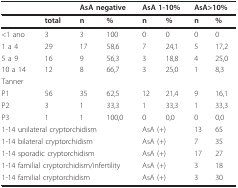
<table><thead><tr><td></td><td></td><td colspan="2"><b>AsA negative</b></td><td colspan="2"><b>AsA 1-10%</b></td><td colspan="2"><b>AsA&gt;10%</b></td></tr></thead><tbody><tr><td></td><td><b>total</b></td><td><b>n</b></td><td><b>%</b></td><td><b>n</b></td><td><b>%</b></td><td><b>n</b></td><td><b>%</b></td></tr><tr><td>&lt;1 ano</td><td>3</td><td>3</td><td>100</td><td>0</td><td>0</td><td>0</td><td>0</td></tr><tr><td>1 a 4</td><td>29</td><td>17</td><td>58,6</td><td>7</td><td>24,1</td><td>5</td><td>17,2</td></tr><tr><td>5 a 9</td><td>16</td><td>9</td><td>56,3</td><td>3</td><td>18,8</td><td>4</td><td>25,0</td></tr><tr><td>10 a 14</td><td>12</td><td>8</td><td>66,7</td><td>3</td><td>25,0</td><td>1</td><td>8,3</td></tr><tr><td>Tanner</td><td></td><td></td><td></td><td></td><td></td><td></td><td></td></tr><tr><td>P1</td><td>56</td><td>35</td><td>62,5</td><td>12</td><td>21,4</td><td>9</td><td>16,1</td></tr><tr><td>P2</td><td>3</td><td>1</td><td>33,3</td><td>1</td><td>33,3</td><td>1</td><td>33,3</td></tr><tr><td>P3</td><td>1</td><td>1</td><td>100,0</td><td>0</td><td>0,0</td><td>0</td><td>0,0</td></tr><tr><td colspan="4">1-14 unilateral cryptorchidism</td><td colspan="2">AsA (+)</td><td>13</td><td>65</td></tr><tr><td colspan="4">1-14 bilateral cryptorchidism</td><td colspan="2">AsA (+)</td><td>7</td><td>35</td></tr><tr><td colspan="4">1-14 sporadic cryptorchidism</td><td colspan="2">AsA (+)</td><td>17</td><td>27</td></tr><tr><td colspan="4">1-14 familial cryptorchidism/infertility</td><td colspan="2">AsA (+)</td><td>3</td><td>18</td></tr><tr><td colspan="4">1-14 familial cryptorchidism</td><td colspan="2">AsA (+)</td><td>3</td><td>30</td></tr></tbody></table>